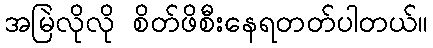
အမြဲလိုလို စိတ်ဖိစီးနေရတတ်ပါတယ်။